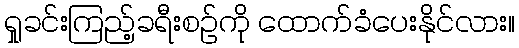
ရှုခင်းကြည့်ခရီးစဉ်ကို ထောက်ခံပေးနိုင်လား။